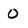
Character: 0